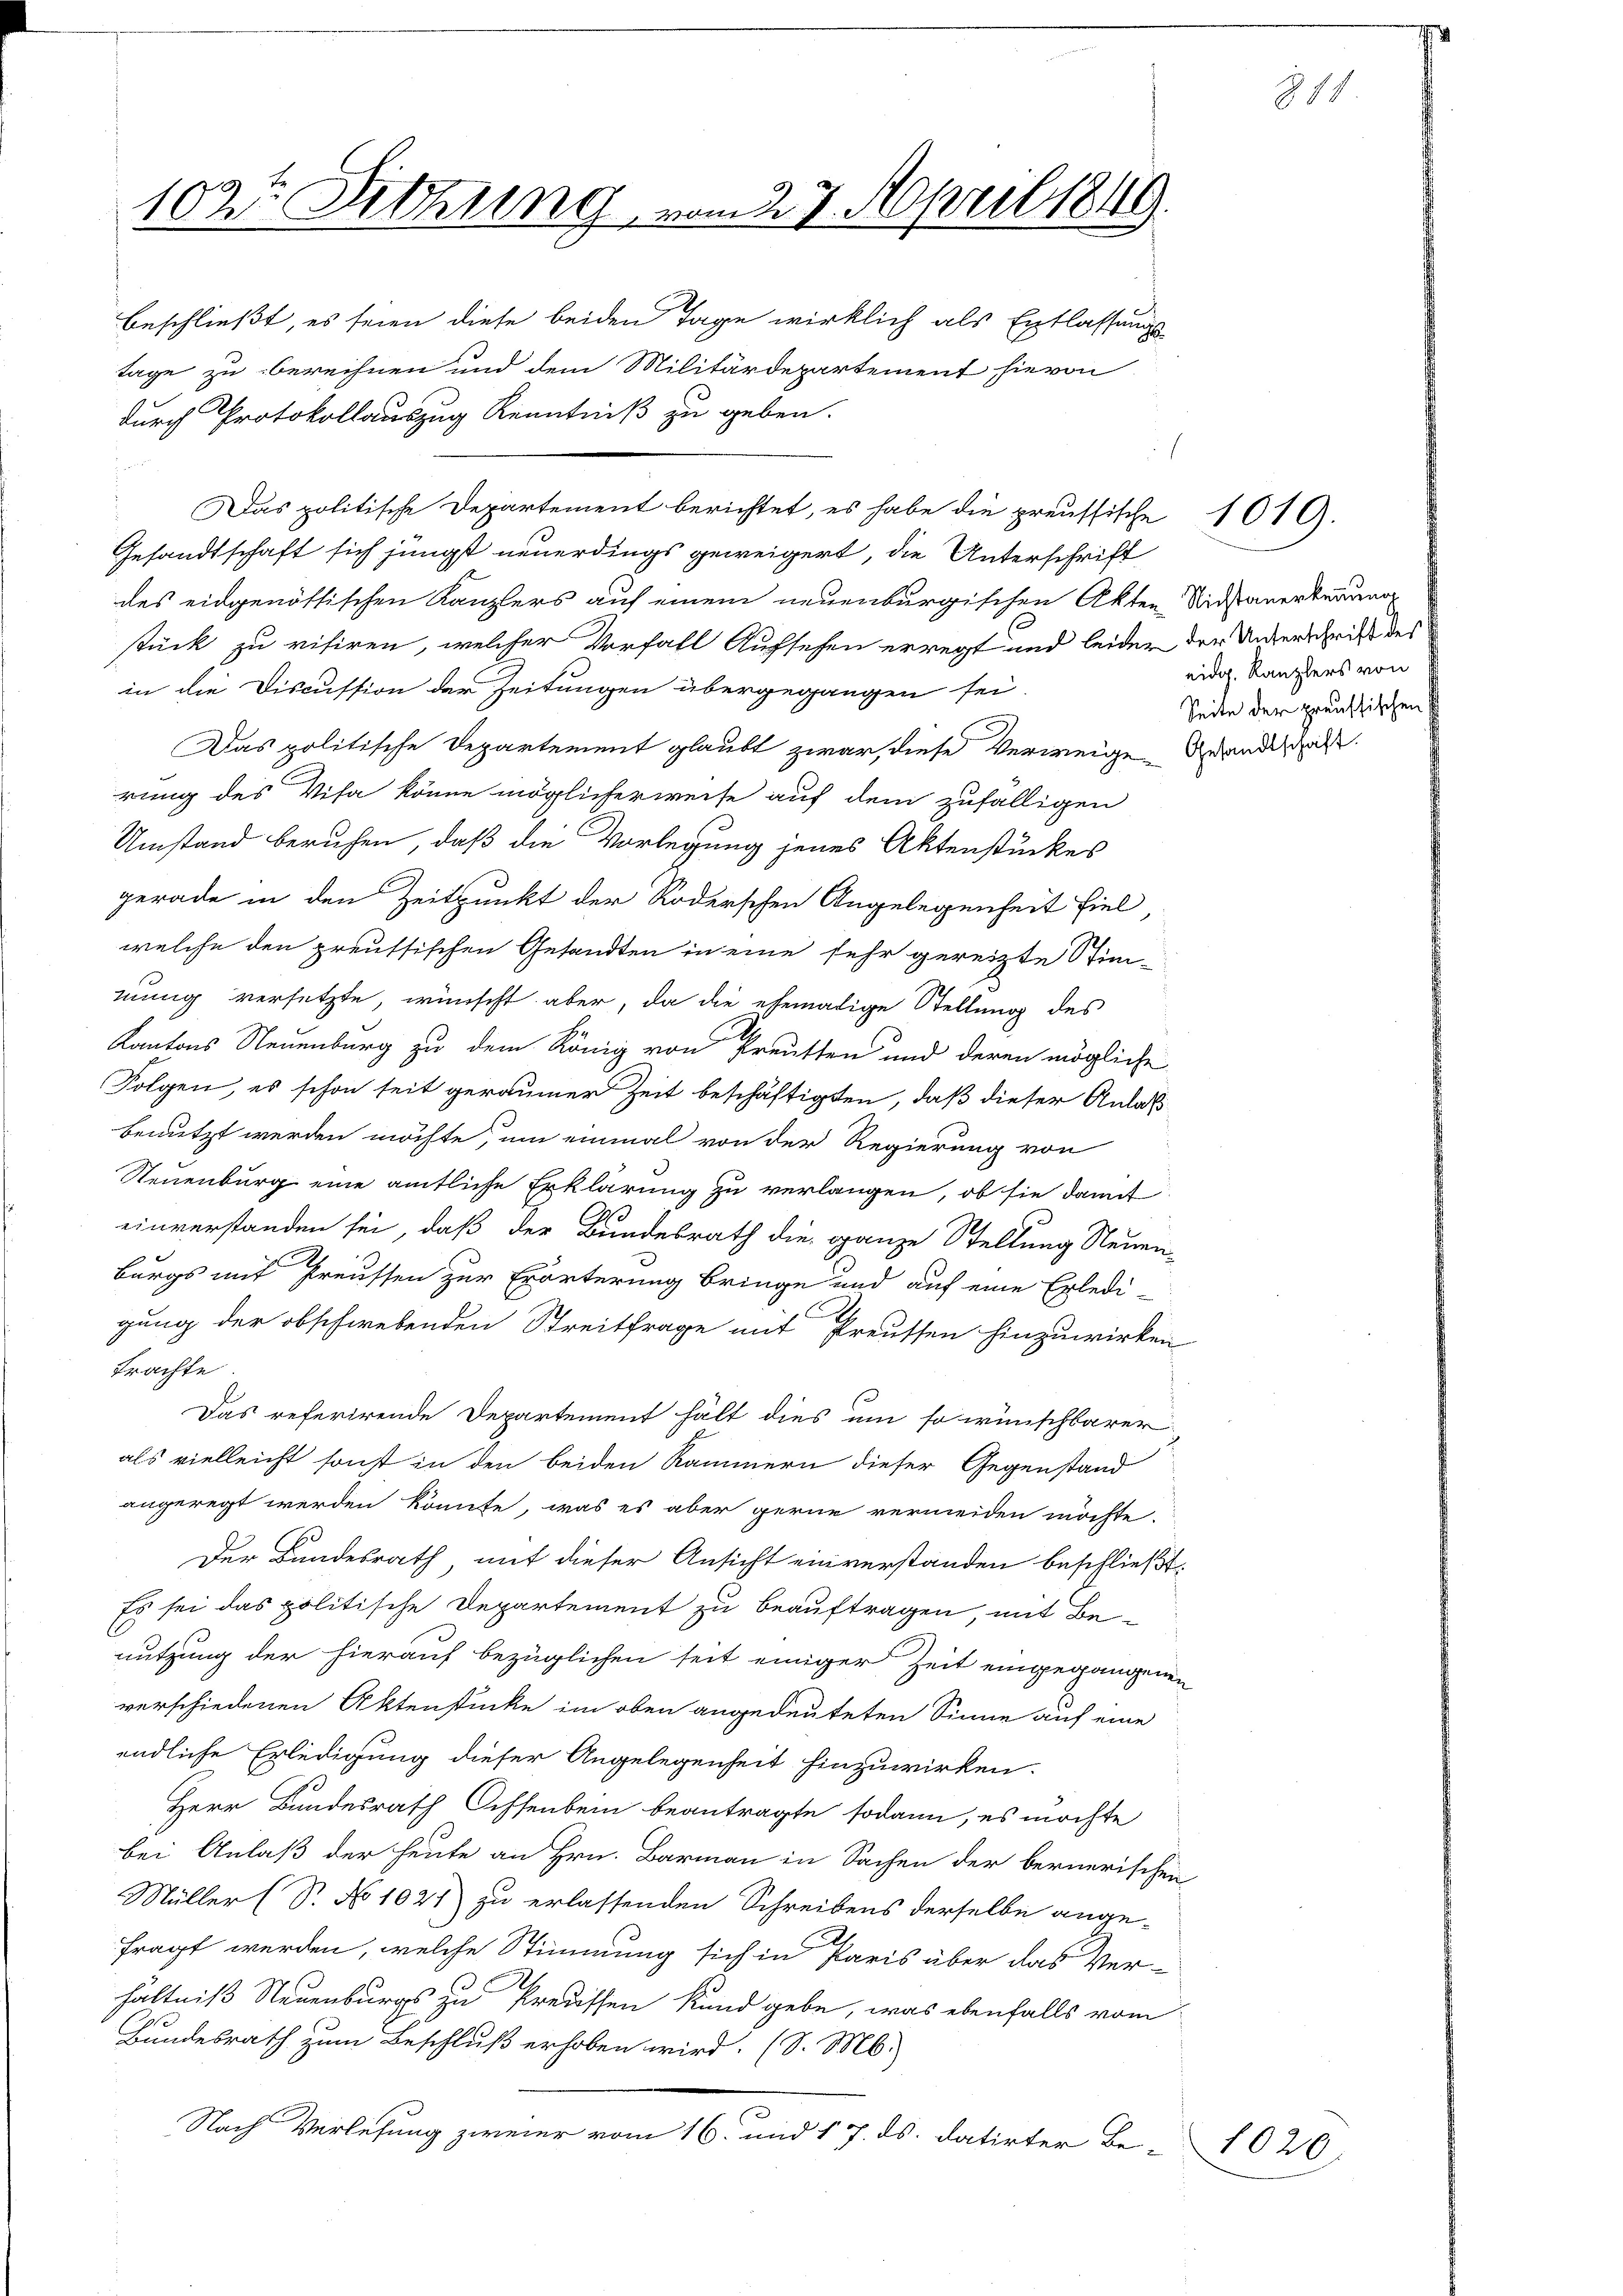
102te Sitzung vom 27. April 1849.

beschließt, es seien diese beiden Tage wirklich als Entlassungs-
tage zu berechnen und dem Militärdepartement hievon
durch Protokollauszug Kenntniß zu geben.
E
d
Gesandtschaft sich jüngst neuerdings geweigert, die Unterschrift
des eidgenössischen Kanzlers auf einem neuenburgischen Akten Nidauerterung
stück zu visiren, welcher Vorfall Aufsehen erregt und leider der Unterschrift des
in die Discussion der Zeitungen übergegangen sei.
Das politische Departement glaubt zwar, diese Verweigen Grandes
rung des Visa könne möglicherweise auf dem zufälligen
Umstand beruhen, daß die Vorlegung jenes Aktenstückes
gerade in den Zeitpunkt der Roderschen Angelegenheit fiel,
welche den preussischen Gesandten in eine sehr gereizte Stim-
mung versetzte, wünscht aber, da die ehemalige Stellung des
Kantons Neuenburg zu dem König von Preusten und deren mögliche
Folgen, es schon seit geraumer Zeit beschäftigten, daß dieser Anlaß
benutzt werden möchte, um einmal von der Regierung von
Neuenburg eine amtliche Erklärung zu verlangen, ob sie damit
einverstanden sei, daß der Bundesrath die ganze Stellung Neuen-
Burgs mit Preussen zur Erörterung bringe und auf eine Erledi-
gung der obschwebenden Streitfrage mit Preussen hinzuwirken
trachte
Das referirende Departement hält dies um so wünschbarer
als vielleicht sonst in den beiden Kammern dieser Gegenstand
angeregt werden könnte, was es aber gerne vermeiden möchte.
Der Bundesrath, mit dieser Ansicht einverstanden beschließt:
Es sei das politische Departement zu beauftragen, mit Benutzung der hierauf bezüglichen seit einiger Zeit eingegangenen
verschiedenen Aktenstücke im oben angedeuteten Sinne auf eine
endliche Erledigung dieser Angelegenheit hinzuwirken.
Herr Bundesrath Ochsenbein beantragte sodann, es möchte
bei Anlaß der heute an Hrn. Barmann in Sachen der bernerischen
Müller (S. No 1027) zu erlassenden Schreibens derselbe ange-
fragt werden, welche Stimmung sich in Paris über das Ver-
hältniß Neuenburgs zu Predissen Kund gebe, was ebenfalls vom
Bundesrath zum Beschluß erhoben wird. (S. M.
Nach Verlesung zweier vom 16. und 17. ds. datirter Be-

Das politische Departement berichtet, es habe die preussische 1019.

eidg. Kanzlers von
Seite der preussischen

818

1020